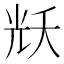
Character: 𭀦